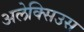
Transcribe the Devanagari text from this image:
अलेक्सिउस